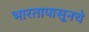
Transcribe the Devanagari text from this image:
भारतापासूनचे